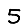
Digit: 5